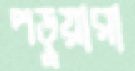
পড়ুয়ারা